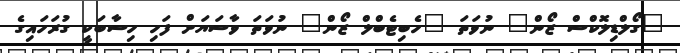
"ގޯލްޑިލޮކްސް ޒޯން" ނުވަތަ "ހެބިޓެބްލް ޒޯން" ނުވަތަ ވާސަޔަށް ފަހި ހިސާބަކީ ގުރަހައިގެ